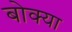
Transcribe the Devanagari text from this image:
बोक्‍या